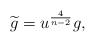
\begin{align*}\widetilde{g}=u^{\frac{4}{n-2}}g, \end{align*}